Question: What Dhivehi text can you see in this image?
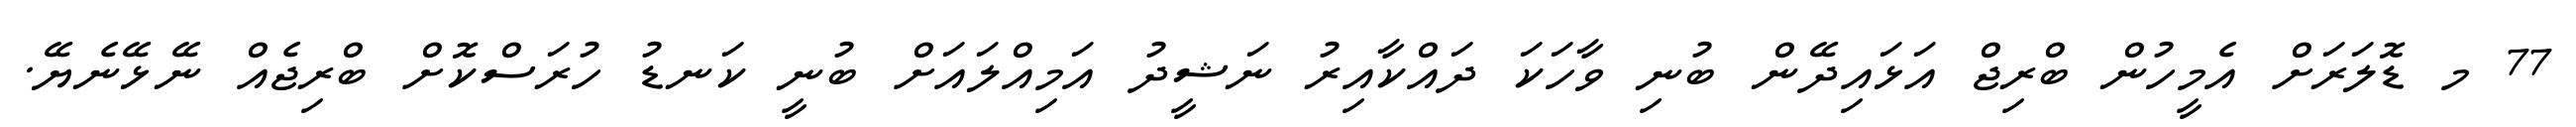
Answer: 77 މ ޑޮލަރަށް އެމީހުން ބްރިޖް އަޅައިދޭން ބުނި ވާހަކަ ދައްކާއިރު ނަޝީދު އަމިއްލައަށް ބުނީ ކަނޑު ހުރަސްކޮށް ބްރިޖެއް ނޭޅޭނެޔޭ.